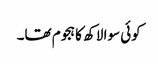
کوئی سوا لاکھ کا ہجوم تھا۔